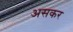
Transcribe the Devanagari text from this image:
असकर